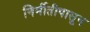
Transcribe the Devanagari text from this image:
निर्मीतीपासून